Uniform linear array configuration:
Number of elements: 64
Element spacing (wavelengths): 0.25
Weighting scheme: hann
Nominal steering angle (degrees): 0
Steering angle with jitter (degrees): -0.8891
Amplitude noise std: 0.05
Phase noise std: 0.05

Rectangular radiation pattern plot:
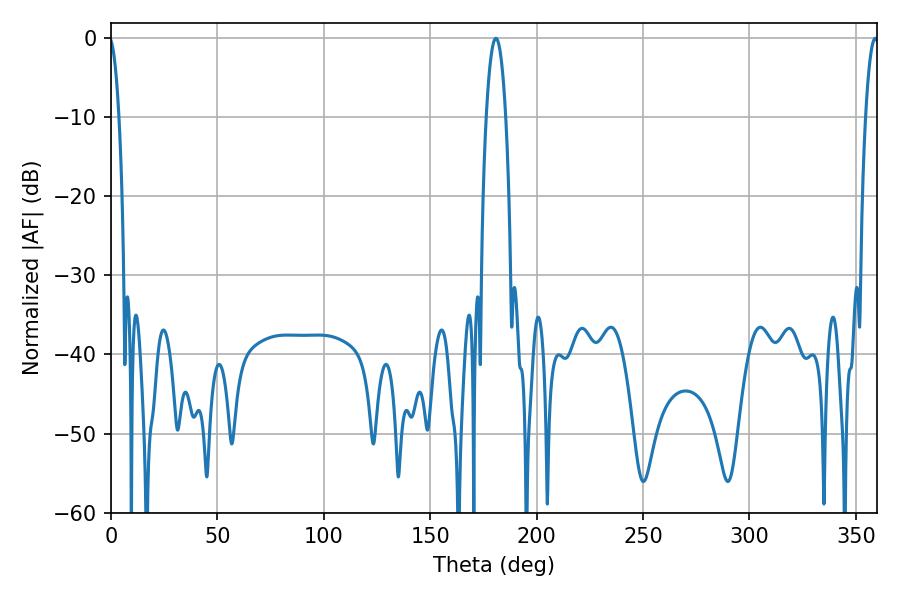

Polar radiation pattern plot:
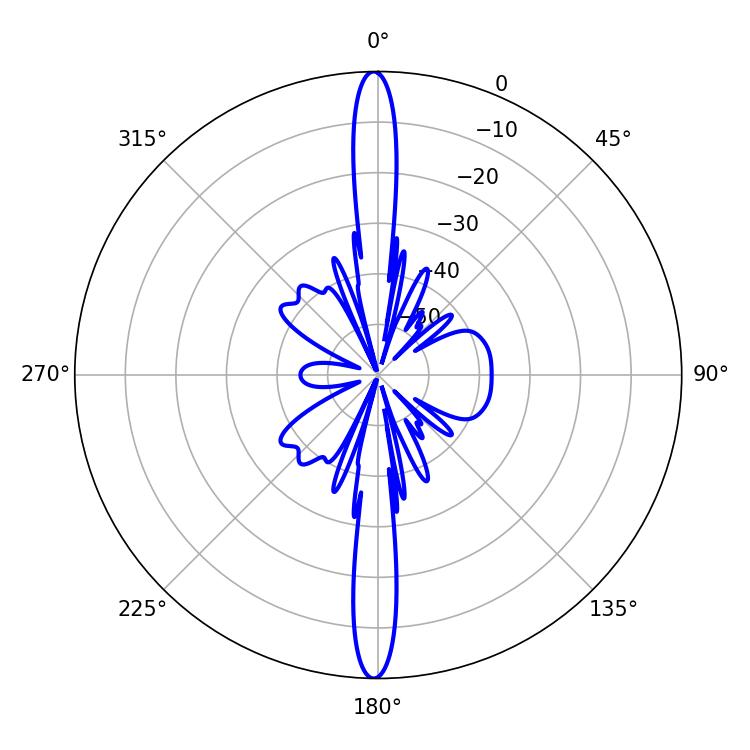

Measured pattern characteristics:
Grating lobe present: FALSE
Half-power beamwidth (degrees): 5.04
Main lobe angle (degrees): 180.9